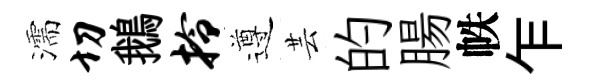
濡切鵝拎遵芸的腸帙乍